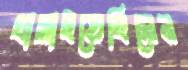
খাব্‌লাইতেছিলেন